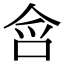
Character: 𭇥